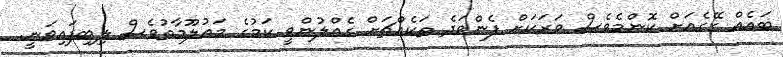
ބައެއް ގޭގެއަށް ކޮންމެވެސް ވަރަކަށް ފެންވަދެ ތަކެއްޗަށް ގެއްލުންވީ ކަމުގެ މައުލޫމާތުވެސް ލިބިފައިވަނީ.